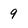
Character: 9